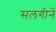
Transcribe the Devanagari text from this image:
सलगीनें